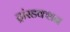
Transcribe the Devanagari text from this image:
ट्रांस्डक्शन